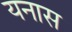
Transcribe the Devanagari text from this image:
यनास